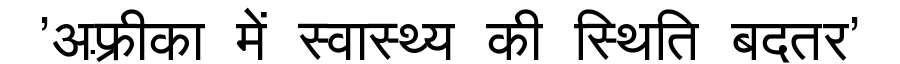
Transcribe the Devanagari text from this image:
'अफ़्रीका में स्वास्थ्य की स्थिति बदतर'